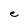
Character: C